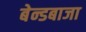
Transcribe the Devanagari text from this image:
बेन्डबाजा